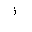
Letter: _thal